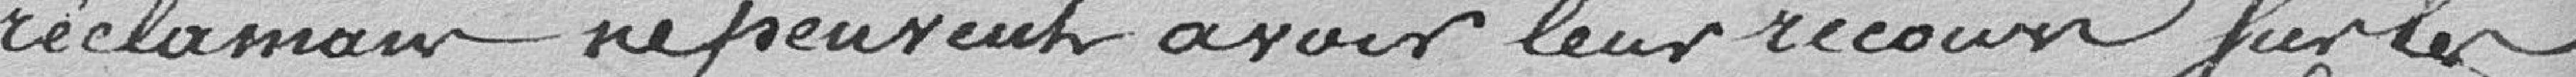
réclamations ne peuvent avoir leur recours sur les